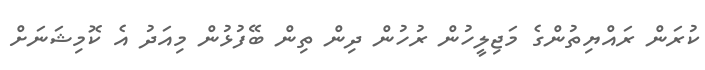
ކުރަން ރައްޔިތުންގެ މަޖިލީހުން ރުހުން ދިން ތިން ބޭފުޅުން މިއަދު އެ ކޮމިޝަނަށް